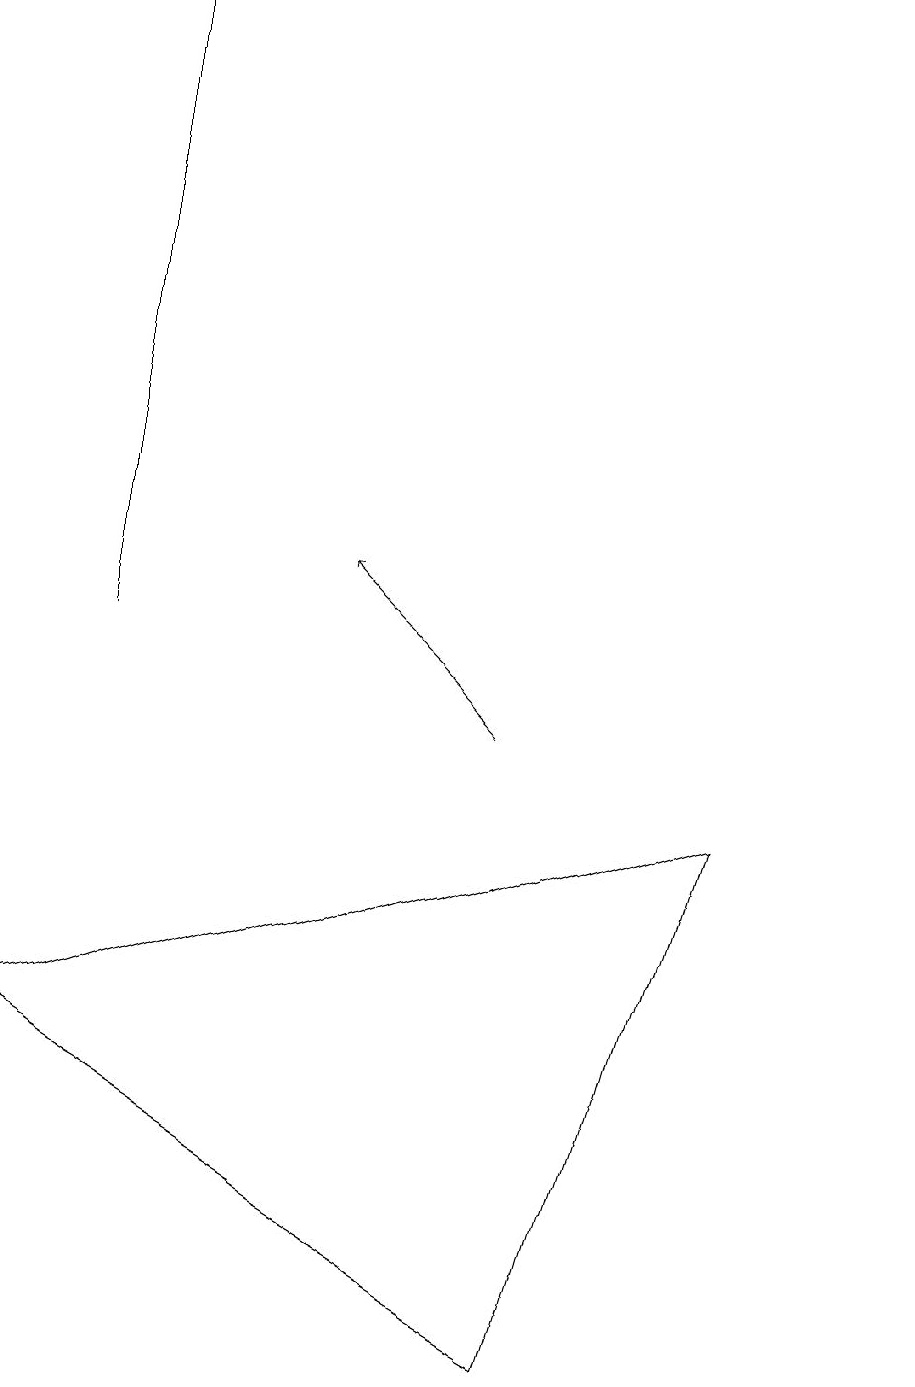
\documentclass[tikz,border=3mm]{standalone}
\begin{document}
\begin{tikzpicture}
\draw (11,10) circle (0);
\draw[->] (1,11) -- (1,19);
\draw (7,2) -- (0,6) -- (9,9) -- cycle;
\draw[->] (6,10) -- (4,12);
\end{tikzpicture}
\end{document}